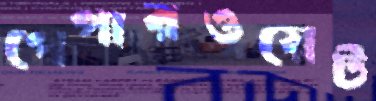
পেপারওয়েট